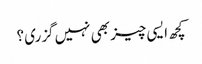
کچھ ایسی چیز بھی نہیں گزری ؟